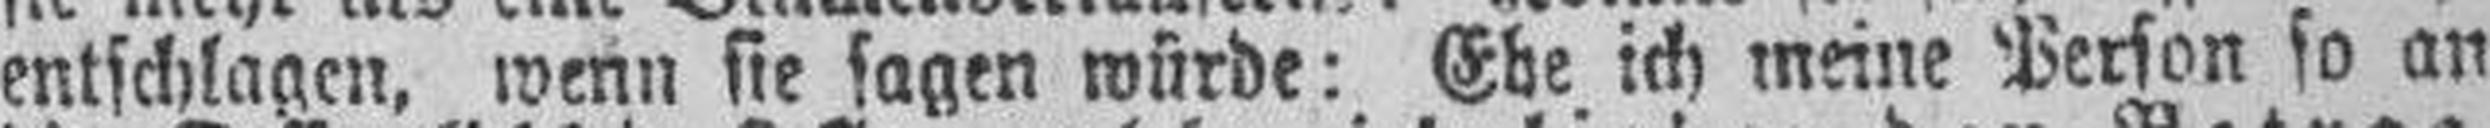
entschlagen, wenn sie sagen würde: Ebe ich meine Person so an